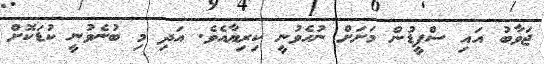
ޖަވާބު އައި ސްޕީޑުން މަށަށް ނުހެވުނީ ކިރިޔާއެވެ. އަދި މި ބުނެވުނީ ކުޑަކޮށް